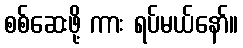
စစ်ဆေးဖို့ ကား ရပ်မယ်နော်။